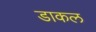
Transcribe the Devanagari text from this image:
डाकल